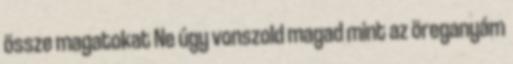
össze magatokat Ne úgy vonszold magad mint az öreganyám